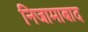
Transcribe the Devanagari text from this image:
निजामाबाद